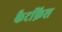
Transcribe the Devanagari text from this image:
कैटफ़िश